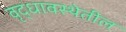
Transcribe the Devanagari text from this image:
वृद्धावस्थेतील